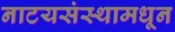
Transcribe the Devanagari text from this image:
नाटयसंस्थामधून